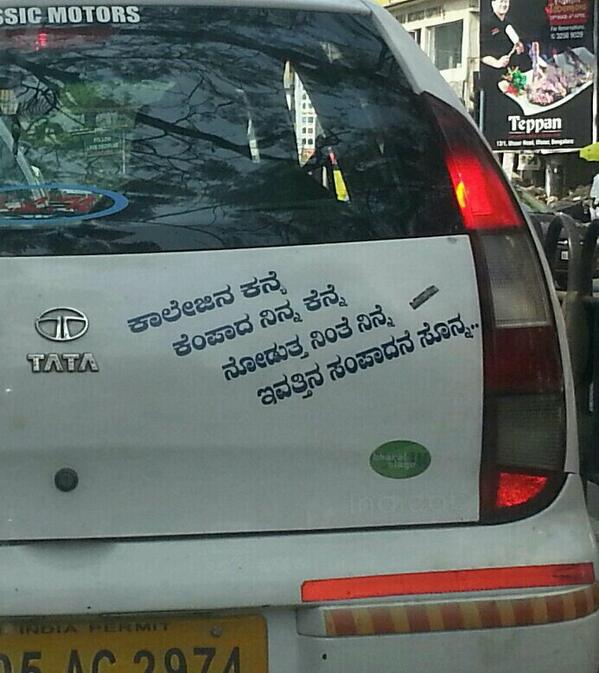
Language: kannada
Transcription: ಇವತ್ತಿನ ಸೊನ್ನ ನೋಡುತ್ತ ಕಾಲೇಜಿನ ಕನ್ಯ ನಿನ್ನ